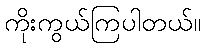
ကိုးကွယ်ကြပါတယ်။